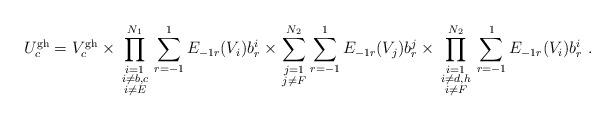
LaTeX: \begin{align*}U^{\rm gh}_c = V_c^{\rm gh}\times \prod_{\scriptstyle i=1\atop {\scriptstyle i\neq b,c\atop\scriptstyle i\neq E}}^{N_1}\sum_{r=-1}^1E_{-1r}(V_i)b_r^i\times \sum_{\scriptstyle j=1\atop\scriptstyle j\neq F}^{N_2}\sum_{r=-1}^1E_{-1r}(V_j)b_r^j \times \prod_{\scriptstyle i=1\atop{\scriptstyle i\neq d,h\atop \scriptstyle i\neq F}}^{N_2}\sum_{r=-1}^1E_{-1r}(V_i)b_r^i\ .\end{align*}